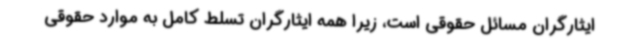
ایثارگران مسائل حقوقی است، زیرا همه ایثارگران تسلط کامل به موارد حقوقی